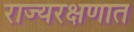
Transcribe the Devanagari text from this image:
राज्यरक्षणात